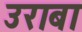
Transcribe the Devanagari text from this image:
उराबा